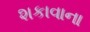
શકાવાના